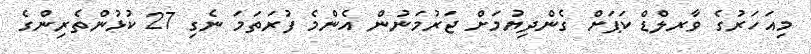
މިއަހަރުގެ ވާރލްޑް ކަޕަށް ގެންދިޔުމަށް ޖަރުމަނުން އެންމެ ފުރަތަމަ ނެގި 27 ކުޅުންތެރިންގެ